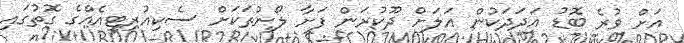
އަށް ވުރެ ބޮޑު އަދަދަކުން އަލަށް ދޫކުރަން ފަށާ ލޯނުތަކަށް ސެކިއުރިޓީއެއްގެ ގޮތުގައި